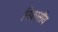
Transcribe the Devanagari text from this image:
निकासीय